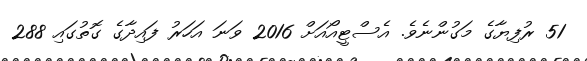
51 ރުފިޔާގެ މަގުންނެވެ. އެސްޓީއޯއަށް 2016 ވަނަ އަހަރު ފައިދާގެ ގޮތުގައި 288